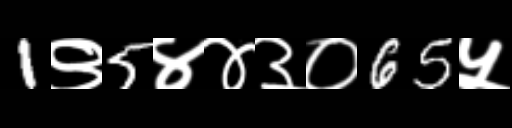
Text: 1९5४४३०65५